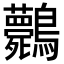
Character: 𪈘